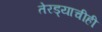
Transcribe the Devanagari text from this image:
तेरड्याचीही